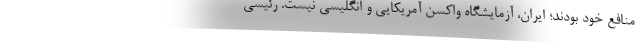
منافع خود بودند؛ ایران، آزمایشگاه واکسن آمریکایی و انگلیسی نیست. رئیسی